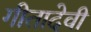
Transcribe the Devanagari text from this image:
गीतादेवी